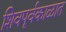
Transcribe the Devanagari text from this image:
शिवपूर्वकाळात